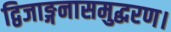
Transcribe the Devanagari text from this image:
द्विजाङ्गनासमुद्धरण।